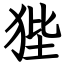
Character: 狴